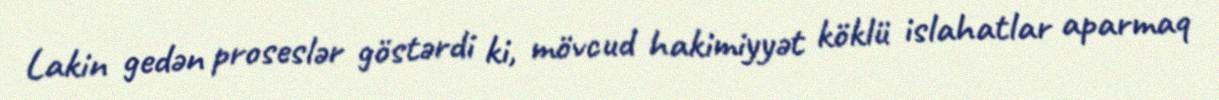
Lakin gedən proseslər göstərdi ki, mövcud hakimiyyət köklü islahatlar aparmaq